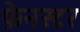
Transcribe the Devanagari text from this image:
फ़ेनस्टर